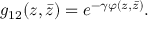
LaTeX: g _ { 1 2 } ( z , \bar { z } ) = e ^ { - \gamma \varphi ( z , \bar { z } ) } .